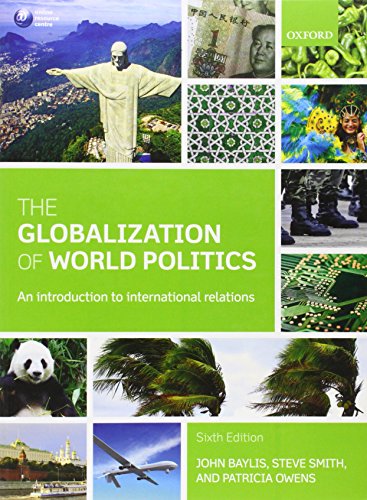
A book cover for The Globalization of World Politics: An Introduction to International Relations; John Baylis; Arts & Photography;